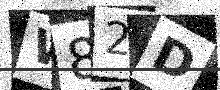
Text: W82D